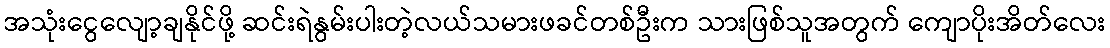
အသုံးငွေလျော့ချနိုင်ဖို့ ဆင်းရဲနွမ်းပါးတဲ့လယ်သမားဖခင်တစ်ဦးက သားဖြစ်သူအတွက် ကျောပိုးအိတ်လေး